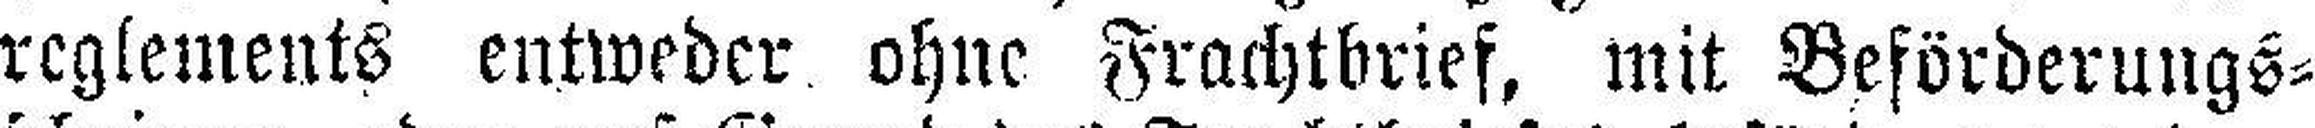
reglements entweder ohne Frachtbrief, mit Beförderungs¬